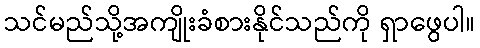
သင်မည်သို့အကျိုးခံစားနိုင်သည်ကို ရှာဖွေပါ။